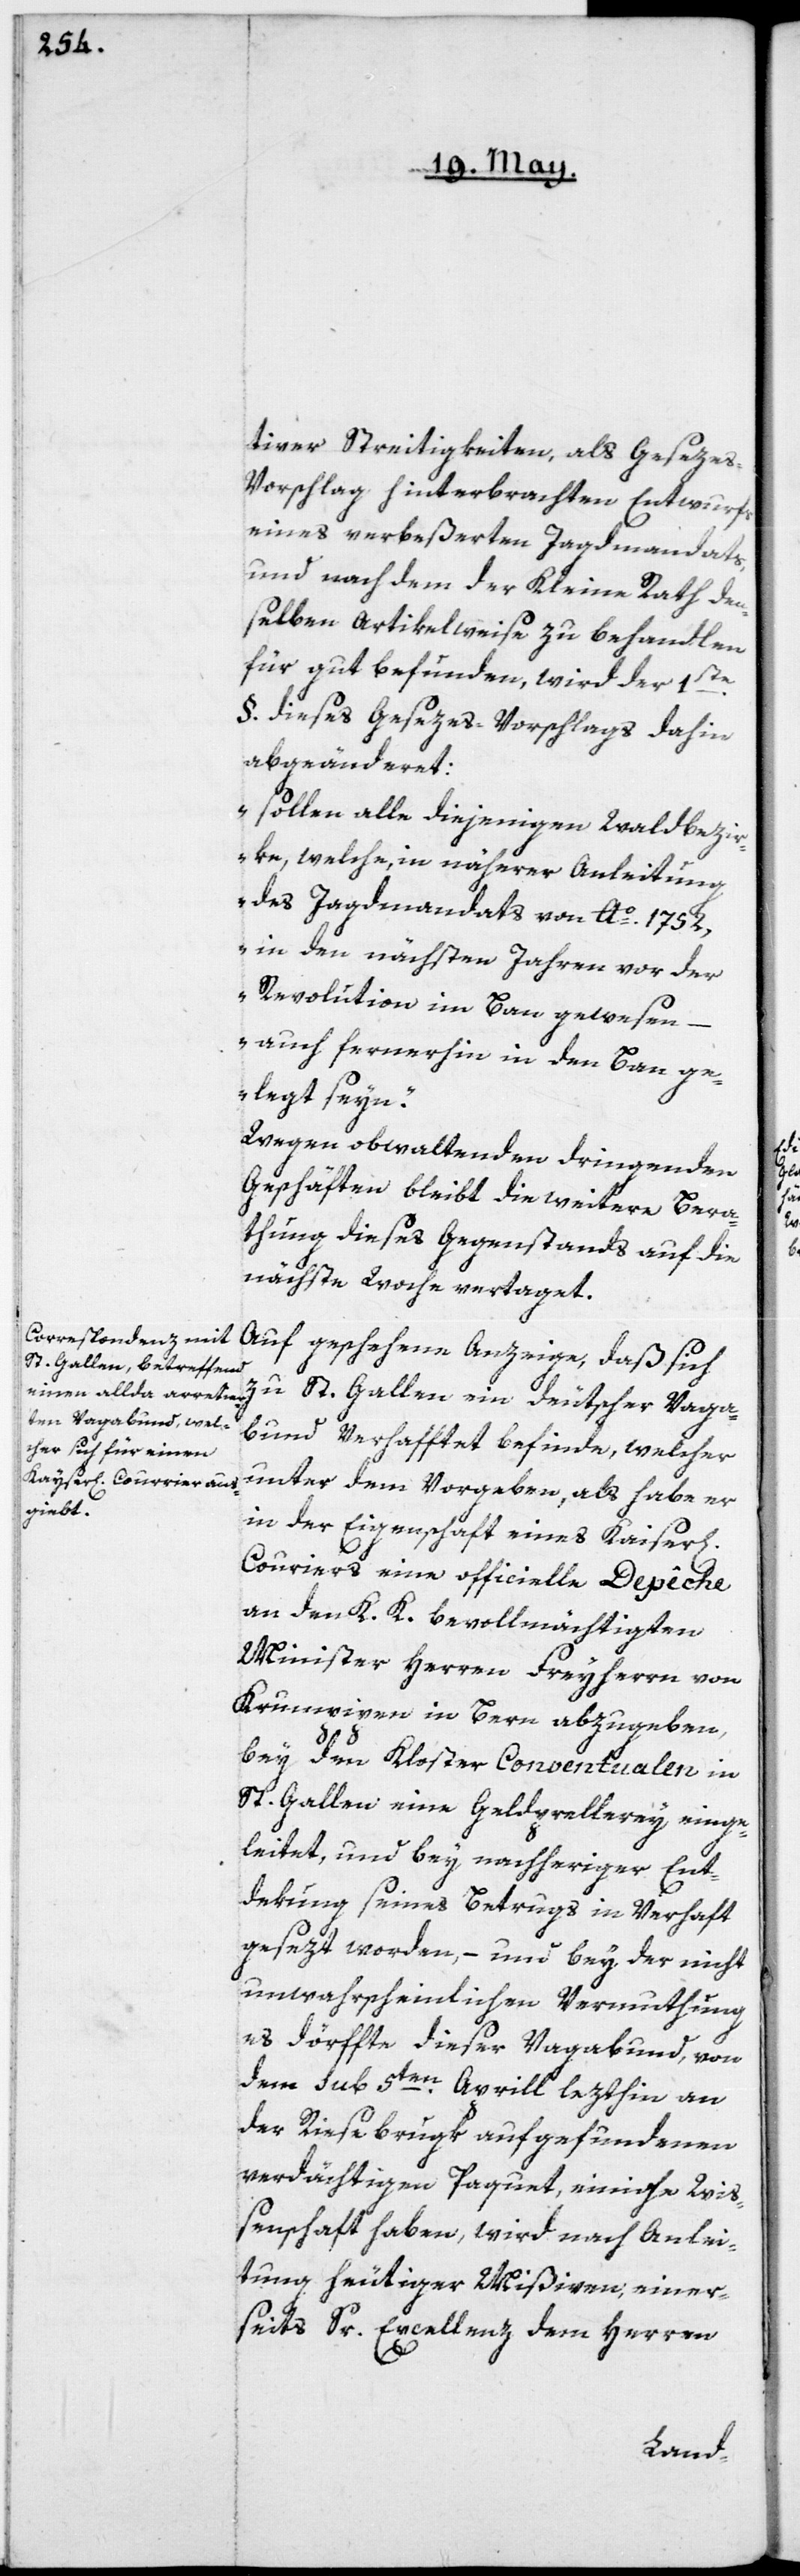
tiven Streitigkeiten, als Geseze¬
s-Vorschlag hinterbrachten Entwurfs
eines verbeßerten Jagdmandats,
und nach dem der Kleine Rath den¬
selben artikelweise zu behandlen
für gut befunden, wird der 1ste
§. dieses Gesezes-Vorschlags dahin
abgeändert:
„sollen alle diejenigen Waldbezi¬
rke, welche, in näherer Anleitung
des Jagdmandats von Ao 1752,
in den nächsten Jahren vor der
Revolution im Bann gewesen,
– auch fernerhin in den Ban ge¬
legt seyn“.
Wegen obwaltenden dringenden
Geschäften bleibt die weitere Bera¬
thung dieses Gegenstands auf die
nächste Woche vertaget.
Auf geschehene Anzeige, daß sich
zu St. Gallen ein deutscher Vaga¬
bund verhafftet befinde, welcher
unter dem Vorgeben, als habe er
in der Eigenschaft eines Kaiser[li¬
Courriers eine officielle Depêche
an den K. K. bevollmächtigten
Minister Herren Freyherrn von
Krumpipen in Bern abzugeben,
bey den Kloster Conventualen in
St. Gallen eine Geldprellerey einge¬
leitet, und bey nachheriger Ent¬
dekung seines Betrugs in Verhaft
gesezt worden, – und bey der nicht
unwahrscheinlichen Vermuthung,
es dörffte dieser Vagabund, von
dem sub 5ten Aprill lezthin an
der Riesebrugk aufgefundenen
verdächtigen Paquet, einiche Wiß¬
enschaft haben, wird nach Anlei¬
tung heutiger Mißiven, einer¬
seits Sr. Excellenz dem Herren
chen]